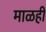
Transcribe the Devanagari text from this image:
माळही